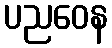
ပညဝေန